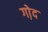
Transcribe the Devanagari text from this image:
गो़द